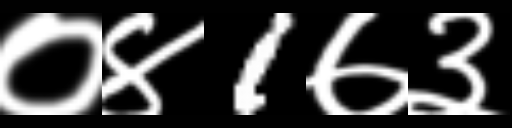
Text: ०४1७३